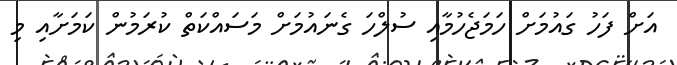
އަށް ފަހު ގައުމަށް ހަމަޖެހުމާއި ސުލްހަ ގެނައުމަށް މަސައްކަތް ކުރަމުން ކަމަށާއި މި